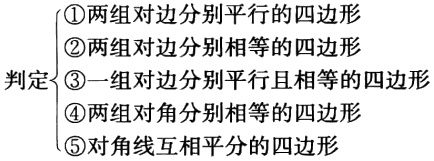
\[
\text{判定}
\begin{cases}
\textcircled{1}两组对边分别平行的四边形\\
\textcircled{2}两组对边分别相等的四边形\\
\textcircled{3}一组对边分别平行且相等的四边形\\
\textcircled{4}两组对角分别相等的四边形\\
\textcircled{5}对角线互相平分的四边形
\end{cases}
\]